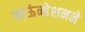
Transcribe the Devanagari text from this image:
फाऊंन्‍डेशनने